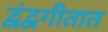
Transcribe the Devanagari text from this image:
द्वंद्वगीतात